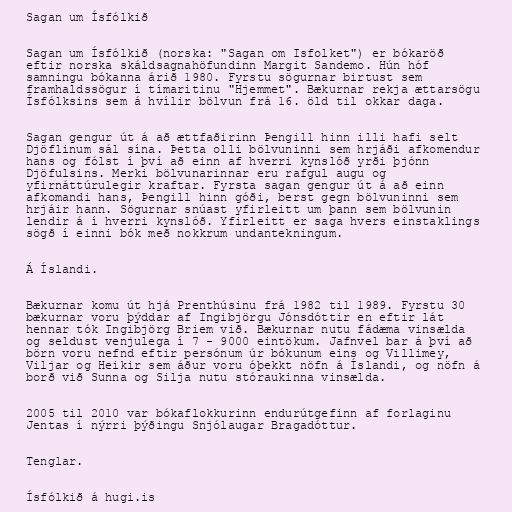
Sagan um Ísfólkið

Sagan um Ísfólkið (norska: "Sagan om Isfolket") er bókaröð
eftir norska skáldsagnahöfundinn Margit Sandemo. Hún hóf
samningu bókanna árið 1980. Fyrstu sögurnar birtust sem
framhaldssögur í tímaritinu "Hjemmet". Bækurnar rekja ættarsögu
Ísfólksins sem á hvílir bölvun frá 16. öld til okkar daga.

Sagan gengur út á að ættfaðirinn Þengill hinn illi hafi selt
Djöflinum sál sína. Þetta olli bölvuninni sem hrjáði afkomendur
hans og fólst í því að einn af hverri kynslóð yrði þjónn
Djöfulsins. Merki bölvunarinnar eru rafgul augu og
yfirnáttúrulegir kraftar. Fyrsta sagan gengur út á að einn
afkomandi hans, Þengill hinn góði, berst gegn bölvuninni sem
hrjáir hann. Sögurnar snúast yfirleitt um þann sem bölvunin
lendir á í hverri kynslóð. Yfirleitt er saga hvers einstaklings
sögð í einni bók með nokkrum undantekningum.

Á Íslandi.

Bækurnar komu út hjá Prenthúsinu frá 1982 til 1989. Fyrstu 30
bækurnar voru þýddar af Ingibjörgu Jónsdóttir en eftir lát
hennar tók Ingibjörg Briem við. Bækurnar nutu fádæma vinsælda
og seldust venjulega í 7 - 9000 eintökum. Jafnvel bar á því að
börn voru nefnd eftir persónum úr bókunum eins og Villimey,
Viljar og Heikir sem áður voru óþekkt nöfn á Íslandi, og nöfn á
borð við Sunna og Silja nutu stóraukinna vinsælda.

2005 til 2010 var bókaflokkurinn endurútgefinn af forlaginu
Jentas í nýrri þýðingu Snjólaugar Bragadóttur.

Tenglar.

Ísfólkið á hugi.is